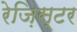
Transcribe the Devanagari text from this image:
रेज़िस्टर